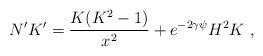
LaTeX: \begin{align*}N'K'=\frac{K(K^2-1)}{x^2}+e^{-2\gamma\psi}H^2 K\ , \end{align*}